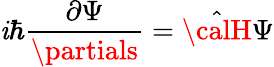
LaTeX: \mathit{i}\hbar\frac{{\partial\Psi}}{{\partials}}=\hat{{\calH}}\Psi